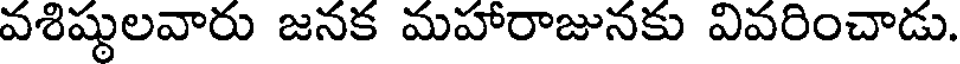
వశిష్టులవారు జనక మహారాజునకు వివరించాడు.